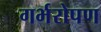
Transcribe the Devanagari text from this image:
गर्भरोपण